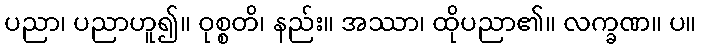
ပညာ၊ ပညာဟူ၍။ ဝုစ္စတိ၊ နည်း။ အဿာ၊ ထိုပညာ၏။ လက္ခဏ။ ပ။